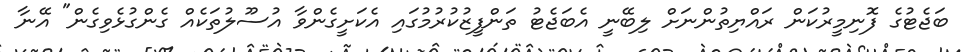
ބަޖެޓުގެ ފޮނިމީރުކަން ރައްޔިތުންނަށް ލިބޭނީ އެބަޖެޓު ތަންފީޒުކުރުމުގައި އެކަށީގެންވާ އުސޫލުތަކެއް ގެންގުޅެވިގެން" އޭނާ